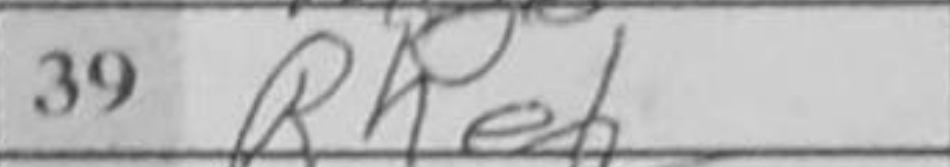
Transcription: Rhe1